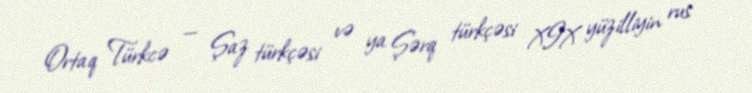
Ortaq Türkcə — Şaz türkçəsi və ya Şərq türkçəsi XIX yüzilliyin rus